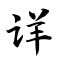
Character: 详